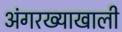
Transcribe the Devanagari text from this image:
अंगरख्याखाली